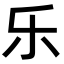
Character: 乐